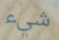
شيء